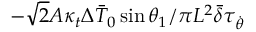
- \sqrt { 2 } A \kappa _ { t } \Delta \bar { T } _ { 0 } \sin \theta _ { 1 } / \pi L ^ { 2 } \bar { \delta } \tau _ { \dot { \theta } }